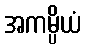
အကမ္ပိယံ